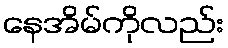
နေအိမ်ကိုလည်း